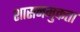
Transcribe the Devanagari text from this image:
शासनमुक्तता